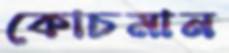
কোচমান